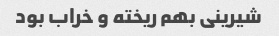
شیرینی بهم ریخته و خراب بود